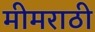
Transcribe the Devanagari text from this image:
मीमराठी